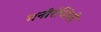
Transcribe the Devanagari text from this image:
मनोरंजिनी